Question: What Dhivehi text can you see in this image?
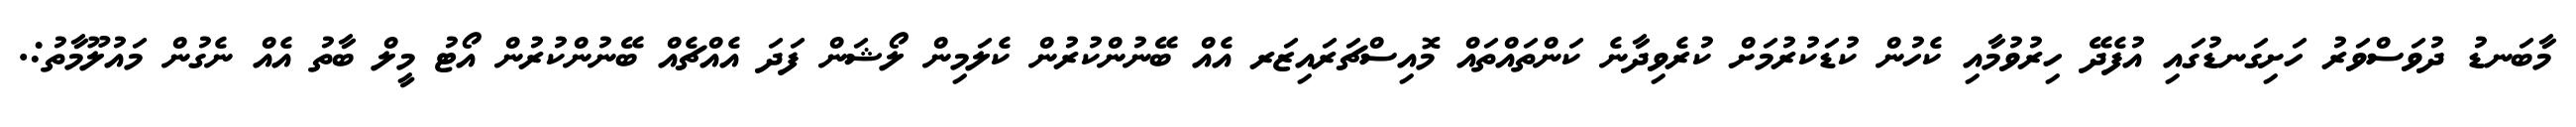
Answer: މާބަނޑު ދުވަސްވަރު ހަށިގަނޑުގައި އުފެދޭ ހިރުވުމާއި ކެހުން ކުޑަކުރުމަށް ކުރެވިދާނެ ކަންތައްތައް މޮއިސްޗަރައިޒަރ އެއް ބޭނުންކުރުން ކެލަމިން ލޯޝަން ފަދަ އެއްޗެއް ބޭނުންކުރުން އޯޓު މީލް ބާތު އެއް ނެގުން މައުލޫމާތު:.